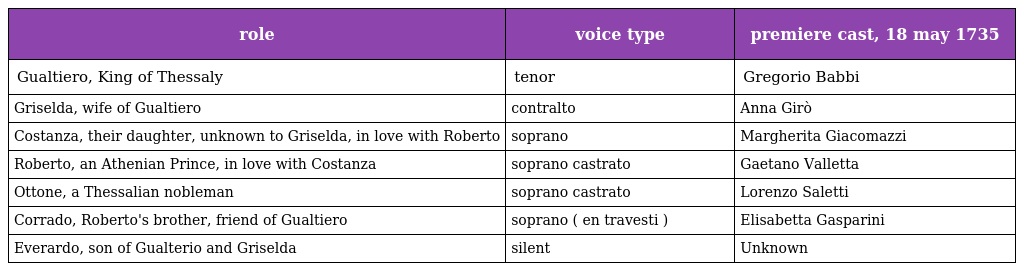
| role | voice type | premiere cast, 18 may 1735 |
 | --- | --- | --- |
 | Gualtiero, King of Thessaly | tenor | Gregorio Babbi |
 | Griselda, wife of Gualtiero | contralto | Anna Girò |
 | Costanza, their daughter, unknown to Griselda, in love with Roberto | soprano | Margherita Giacomazzi |
 | Roberto, an Athenian Prince, in love with Costanza | soprano castrato | Gaetano Valletta |
 | Ottone, a Thessalian nobleman | soprano castrato | Lorenzo Saletti |
 | Corrado, Roberto's brother, friend of Gualtiero | soprano ( en travesti ) | Elisabetta Gasparini |
 | Everardo, son of Gualterio and Griselda | silent | Unknown |